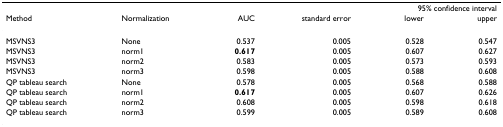
<table><thead><tr><td></td><td></td><td></td><td></td><td colspan="2"><b>95% confidence interval</b></td></tr><tr><td><b>Method</b></td><td><b>Normalization</b></td><td><b>AUC</b></td><td><b>standard error</b></td><td><b>lower</b></td><td><b>upper</b></td></tr></thead><tbody><tr><td>MSVNS3</td><td>None</td><td>0.537</td><td>0.005</td><td>0.528</td><td>0.547</td></tr><tr><td>MSVNS3</td><td>norm1</td><td><b>0.617</b></td><td>0.005</td><td>0.607</td><td>0.627</td></tr><tr><td>MSVNS3</td><td>norm2</td><td>0.583</td><td>0.005</td><td>0.573</td><td>0.593</td></tr><tr><td>MSVNS3</td><td>norm3</td><td>0.598</td><td>0.005</td><td>0.588</td><td>0.608</td></tr><tr><td>QP tableau search</td><td>None</td><td>0.578</td><td>0.005</td><td>0.568</td><td>0.588</td></tr><tr><td>QP tableau search</td><td>norm1</td><td><b>0.617</b></td><td>0.005</td><td>0.607</td><td>0.626</td></tr><tr><td>QP tableau search</td><td>norm2</td><td>0.608</td><td>0.005</td><td>0.598</td><td>0.618</td></tr><tr><td>QP tableau search</td><td>norm3</td><td>0.599</td><td>0.005</td><td>0.589</td><td>0.608</td></tr></tbody></table>